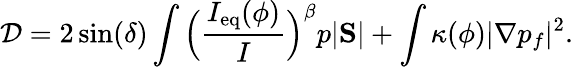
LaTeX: \mathcal D=2\sin(\delta)\int\Big(\frac{I_{\mathrm{eq}}(\phi)}{I}\Big)^{\beta}p|\mathrm{\mathbf S}|+\int\kappa(\phi)|\nabla p_{f}|^{2}.